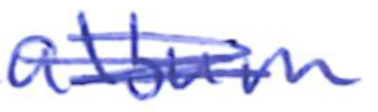
Text: album
Cross-out: scratch
Writing tool: ballpoint